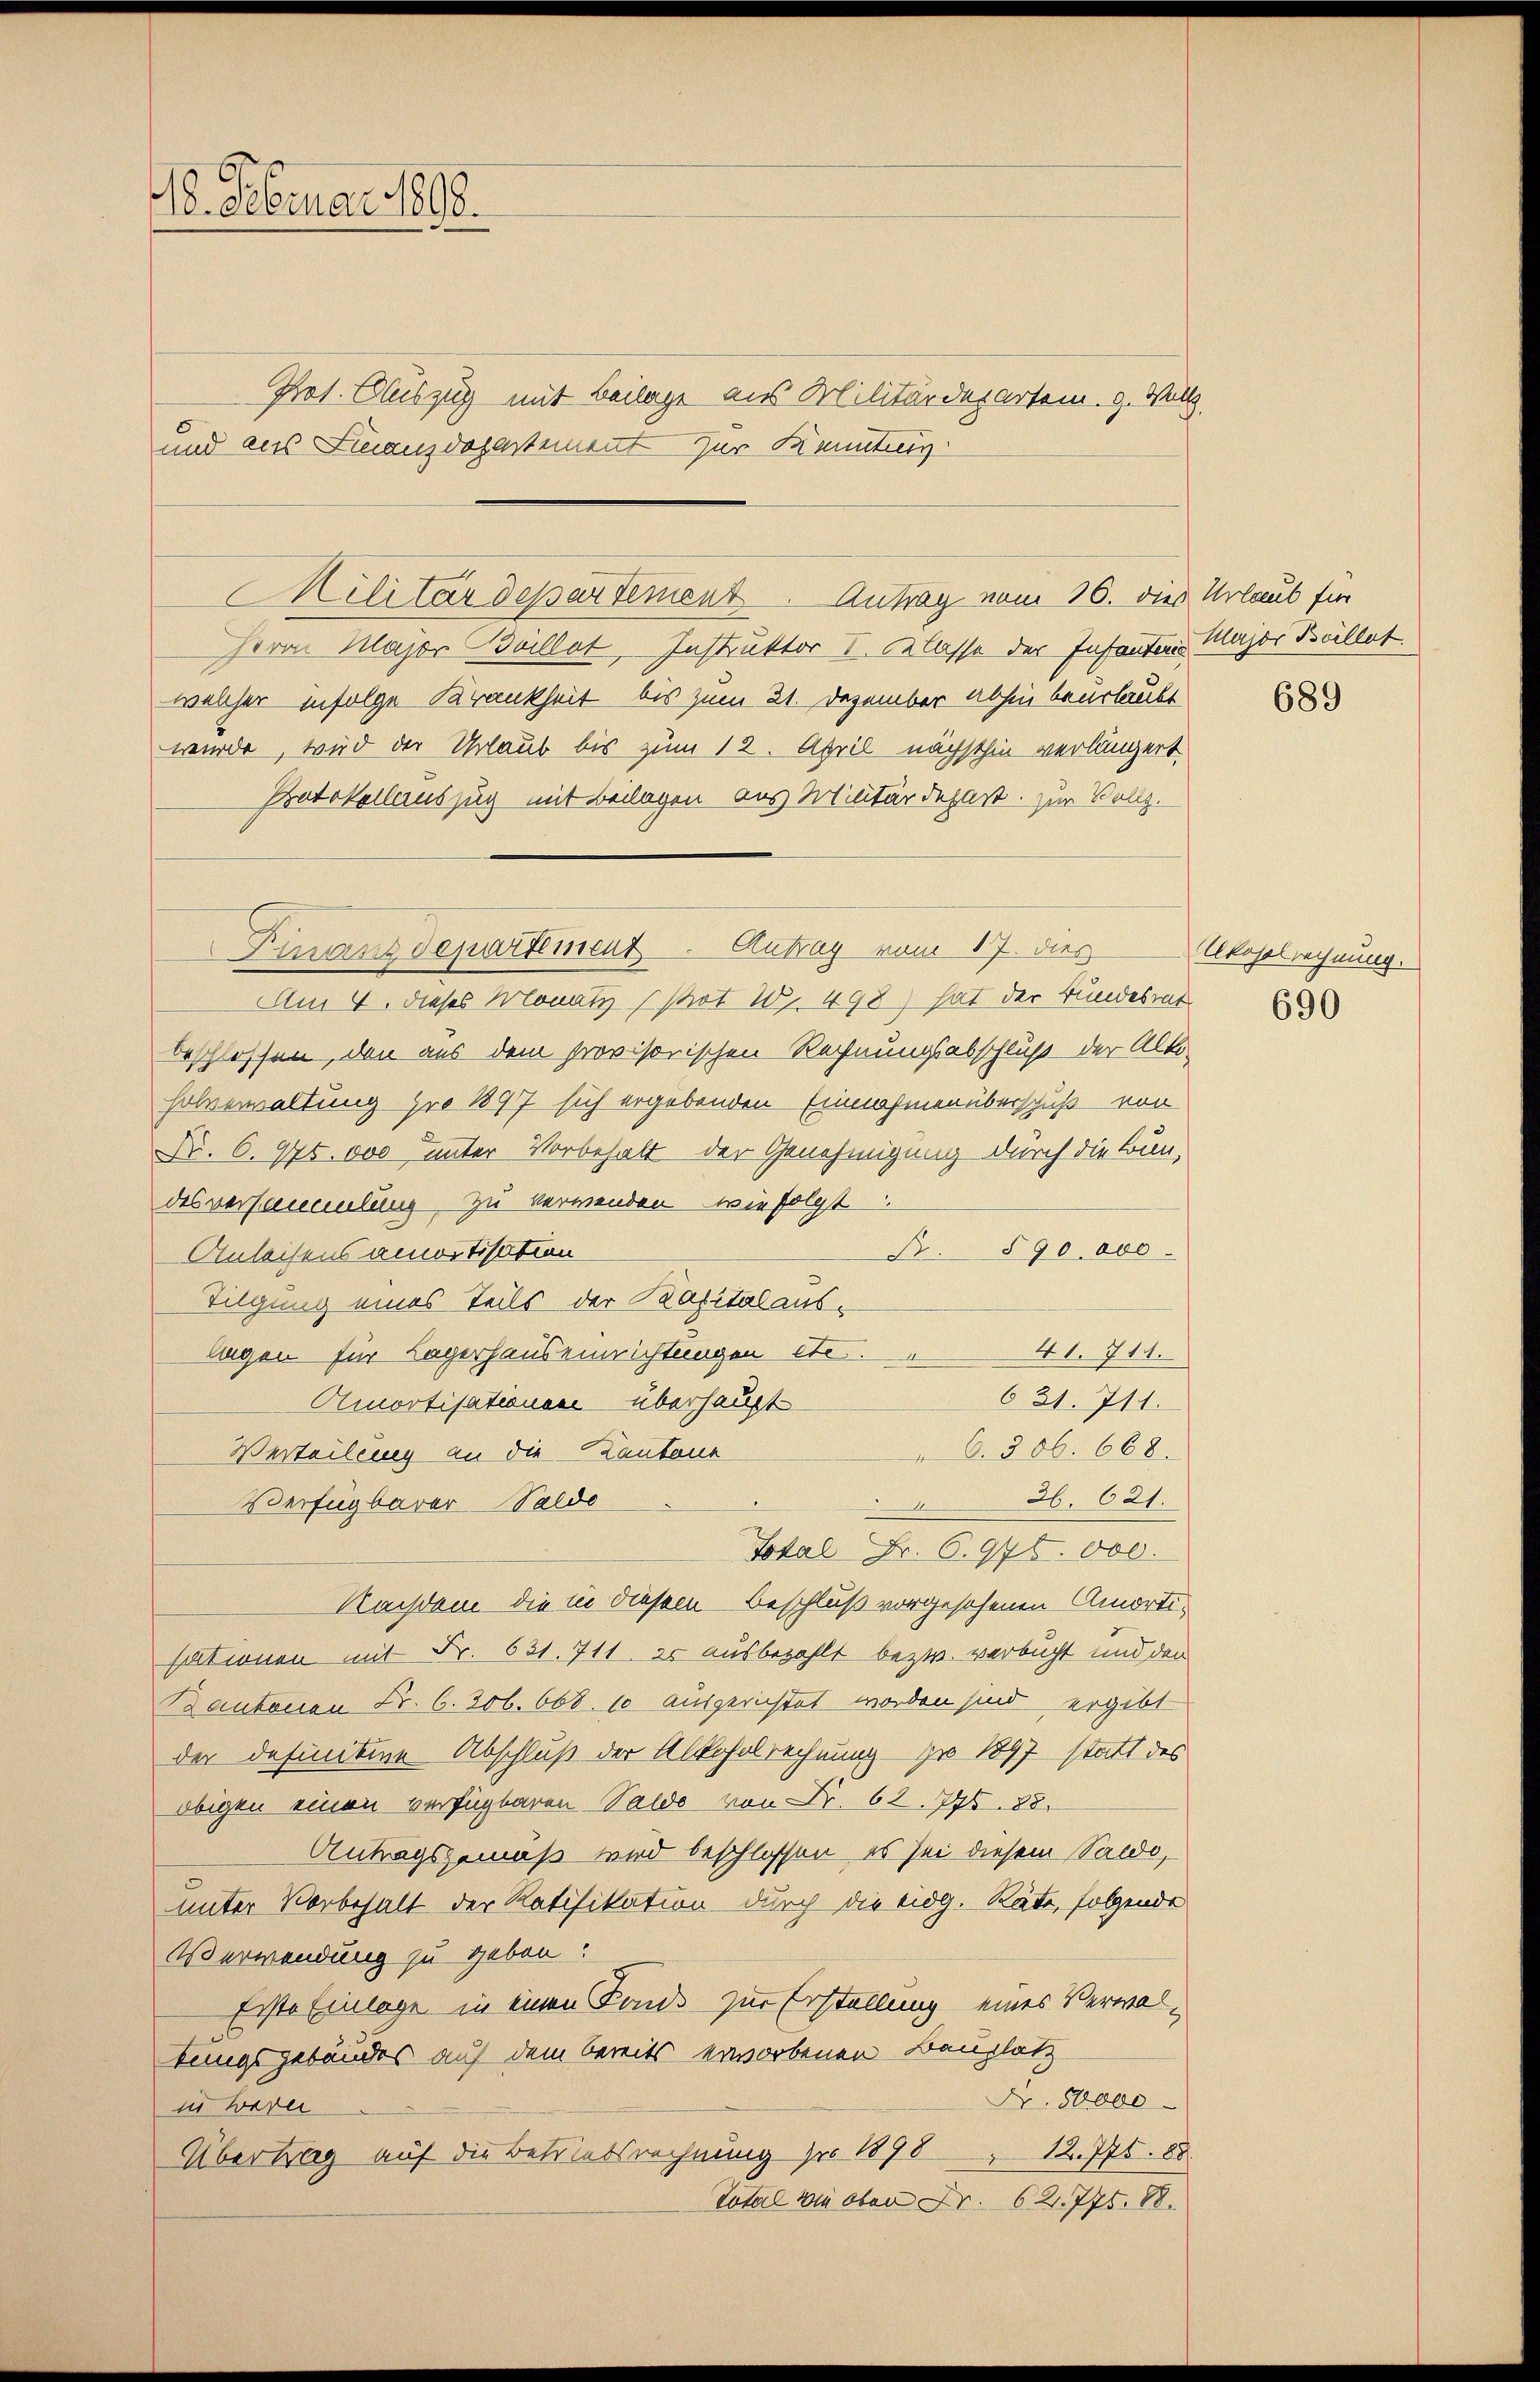
18. Februar 1898.

Prof. Gluszug mit Beilage aus Militärdepartem. g. Wall
und aus Finanzdepartement zur Kenntung

Militärdepartement. Antrag vom 16. dies Urlaub für

Finanzdepartement. Antrag vom 17. dies

Herrn Major Bullet, Instruktor I. Klasse der Infanten Major Büllet.
welcher infolge Krankheit bis zum 21. Dezember abhin beurlaubt
wurde, wird der Urlaub bis zum 12. April nächsthin verlängert
Protokollauszug mit Beilagen aus Militärdepart. zur Vollz.
Am 4. dieses Monatz (Pot W. 498) hat der Bundesrat
beschlossen, den aus dem provisorischen Rechnungsabschluß der Alto-
Holverwaltung pro 1897 sich ergebenden Einnahmen überschuß von
Nr. 6. 975.000 unter Vorbehalt der Genehmigung durch die Bun-
desversammlung. Zu verwenden, wie folgt
B. 590.000
Anleisens amortisation
Tilgung eines Teils der Kapitalaus-
lagen für Lagerhauseinrichtungen etc. 41. 711.
621. 711.
Amortisationen überhaupt
6. 306. 668.
Verteilung an die Cantone
36. 621.
Verfügbarer-Saldo
.
Total Fr. 6. 975.000.
Nachdem die in diesem Beschluß vorgesehenen Amortisektionen mit Fr. 631. 711. es ausbezahlt bezw. verbucht und den
Kantonen Fr. 6. 206. 668. 10 ausgerichtet worden sind ergibt
der definitive Abschluß der Alkoholrechnung pr 1897 statt des
obigen einen verfügbaren Saldo von Dr. 62. 795. 88.
Antragsgemäß wird beschlossen, es sei diesem Saldo,
uunter Vorbehalt der Ratifikation durch die Eidg. Räte, folgende
Verwendung zu gebon!
Erste Einlage in einen Fonds zur Erstellung eines Verwaltungsgebäudes auf dem bereits erworbenen Bauplatz
Nr. 50000
in waren
Übertrag auf die Betriebsrechnung pro 1898 12. 776. 88
Total wie oben Fr. 62. 775. 88.

689

Ukoselrechnung.

690